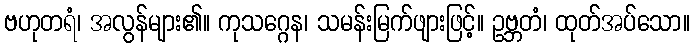
ဗဟုတရံ၊ အလွန်များ၏။ ကုသဂ္ဂေန၊ သမန်းမြက်ဖျားဖြင့်။ ဥဗ္ဘတံ၊ ထုတ်အပ်သော။